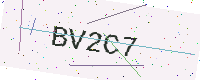
Text: BV2C7